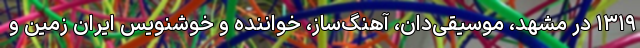
۱۳۱۹ در مشهد، موسیقی‌دان، آهنگ‌ساز، خواننده و خوشنویس ایران زمین و